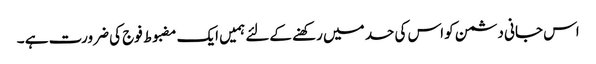
اس جانی دشمن کو اس کی حد میں رکھنے کےلئے ہمیں ایک مضبوط فوج کی ضرورت ہے ۔